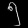
Digit: ၅